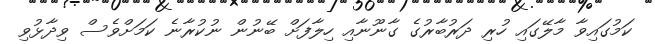
ކަމުގައިވާ މާލޭގައި ހުރި ދަރުބާރުގެ ގާނޫނާއި ހިލާފަށް ބޭނުން ނުކުރާނެ ކަމަށްވެސް ވިދާޅުވި